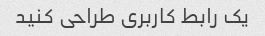
یک رابط کاربری طراحی کنید